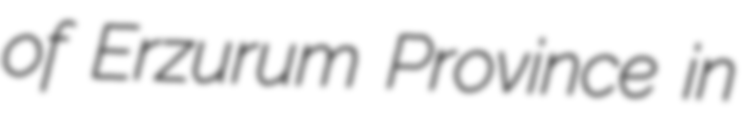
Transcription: of Erzurum Province in